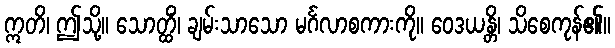
ဣတိ၊ ဤသို့။ သောတ္ထိံ၊ ချမ်းသာသော မင်္ဂလာစကားကို။ ဝေဒယန္တိ၊ သိစေကုန်၏။